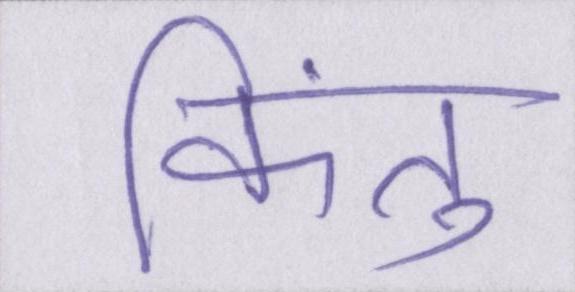
किंतु